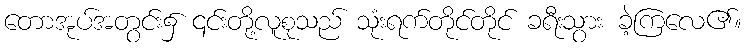
တောအုပ်အတွင်း၌ ၎င်းတို့လူစုသည် သုံးရက်တိုင်တိုင် ခရီးသွား ခဲ့ကြလေ၏။